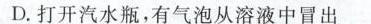
D.打开汽水瓶，有气泡从溶液中冒出